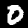
Digit: 0